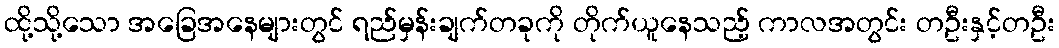
ထို့သို့သော အခြေအနေများတွင် ရည်မှန်းချက်တခုကို တိုက်ယူနေသည့် ကာလအတွင်း တဦးနှင့်တဦး